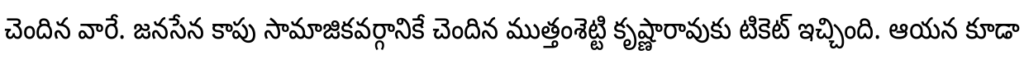
చెందిన వారే. జనసేన కాపు సామాజికవర్గానికే చెందిన ముత్తంశెట్టి కృష్ణారావుకు టికెట్ ఇచ్చింది. ఆయన కూడా